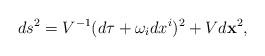
\begin{align*}ds^2= V^{-1} (d\tau + \omega_i dx^i)^2 + V d{\bf x}^2,\end{align*}